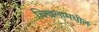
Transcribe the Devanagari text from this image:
चिखलामधील